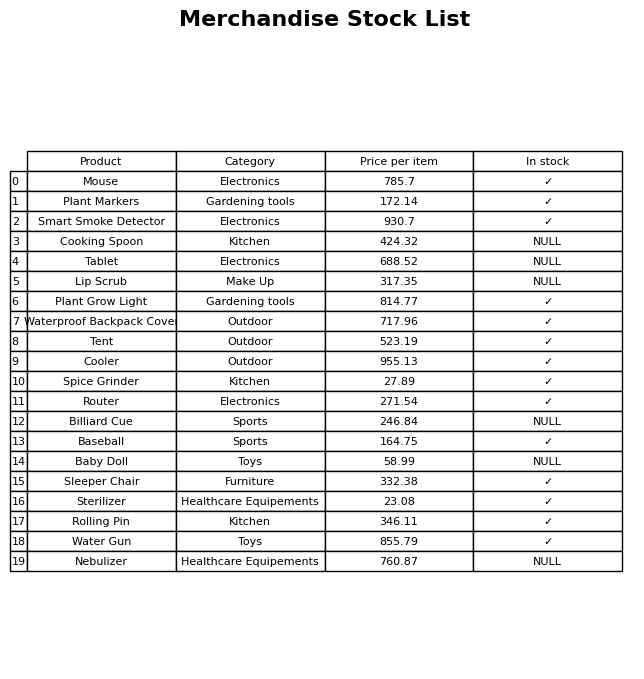
question: What is the price for Cooking Spoon?
answer: The price of Cooking Spoon is 424.32.